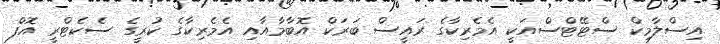
އިސްލާމިކް ސްޓޭޓްސްއަކީ އެމެރިކާގެ ރައީސް ބަރަކް އޮބާމާއާއި އެމެރިކާގެ ކުރީގެ ސެކެޓްރީ އޮފް